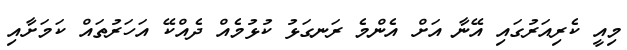
މިއީ ކެރިއަރުގައި އޭނާ އަށް އެންމެ ރަނގަޅު ކުޅުމެއް ދެއްކޭ އަހަރުތައް ކަމަށާއި